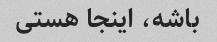
باشه، اینجا هستی